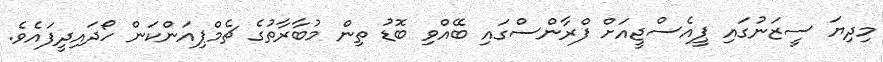
މިދިޔަ ސީޒަނުގައި ޕީއެސްޖީއަށް ފްރާންސްގައި ބޭއްވި ބޮޑު ތިން މުބާރާތުގެ ޗެމްޕިއަންކަން ހޯދައިދީފައެވެ.